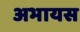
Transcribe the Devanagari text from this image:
अभायस